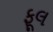
ફૂલ